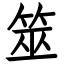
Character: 筮